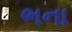
ભના